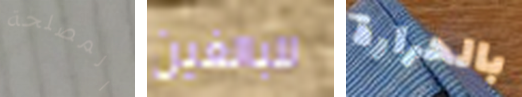
المصلحة للبالغين بالحرارة